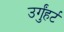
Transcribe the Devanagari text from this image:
उर्गुंहर्ट